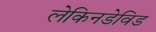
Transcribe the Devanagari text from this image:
लेकिनडेविड